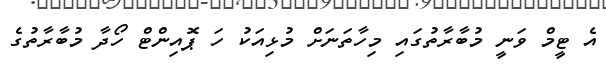
އެ ޓީމް ވަނީ މުބާރާތުގައި މިހާތަނަށް މުޅިއަކު ހަ ޕޮއިންޓް ހޯދާ މުބާރާތުގެ